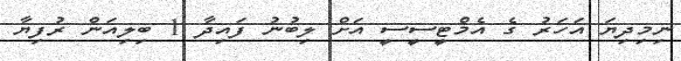
ނިމިދިޔަ އަހަރު ގެ އެމްޓީސީސީ އަށް ލިބުނު ފައިދާ 1 ބިލިއަން ރުފިޔާ